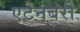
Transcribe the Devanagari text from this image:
एटेनबरो